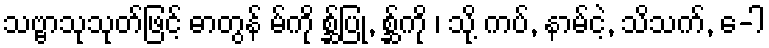
သဗ္ဗာသုသုတ်ဖြင့် ဓာတွန် မ်ကို စ္ဆ်ပြု, စ္ဆ်ကို ၊ သို့ ကပ်, နာမ်ငဲ့, သိသက်, ေ-ါ